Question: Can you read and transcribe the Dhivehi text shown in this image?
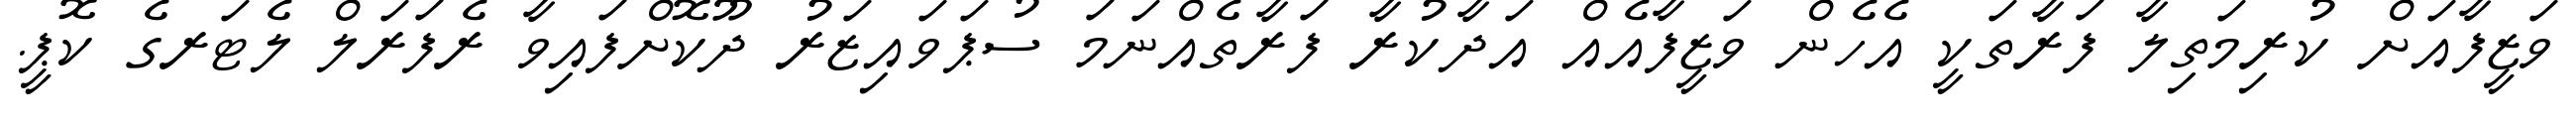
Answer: ވަޒީފާއަށް ކުރިމަތިލާ ފަރާތަކީ އެހެން ވަޒީފާއެއް އަދާކުރާ ފަރާތެއްނަމަ ސުޕަވައިޒަރު ދޫކޮށްފައިވާ ރެފަރަލް ލެޓަރގެ ކޮޕީ.